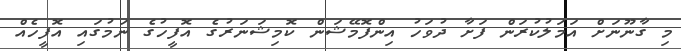
މި ގާނޫނަށް އަމަލުކުރަން ފަށާ ދުވަހު އިންފޮމޭޝަން ކޮމިޝަނަރުގެ އޮފީހުގެ ނަމުގައި އޮފީހެއް